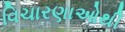
વિચારણાઓથી